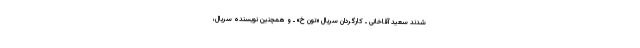
شدند سعید آقاخانی ـ کارگردان سریال «نون خ» ـ و همچنین نویسنده سریال،